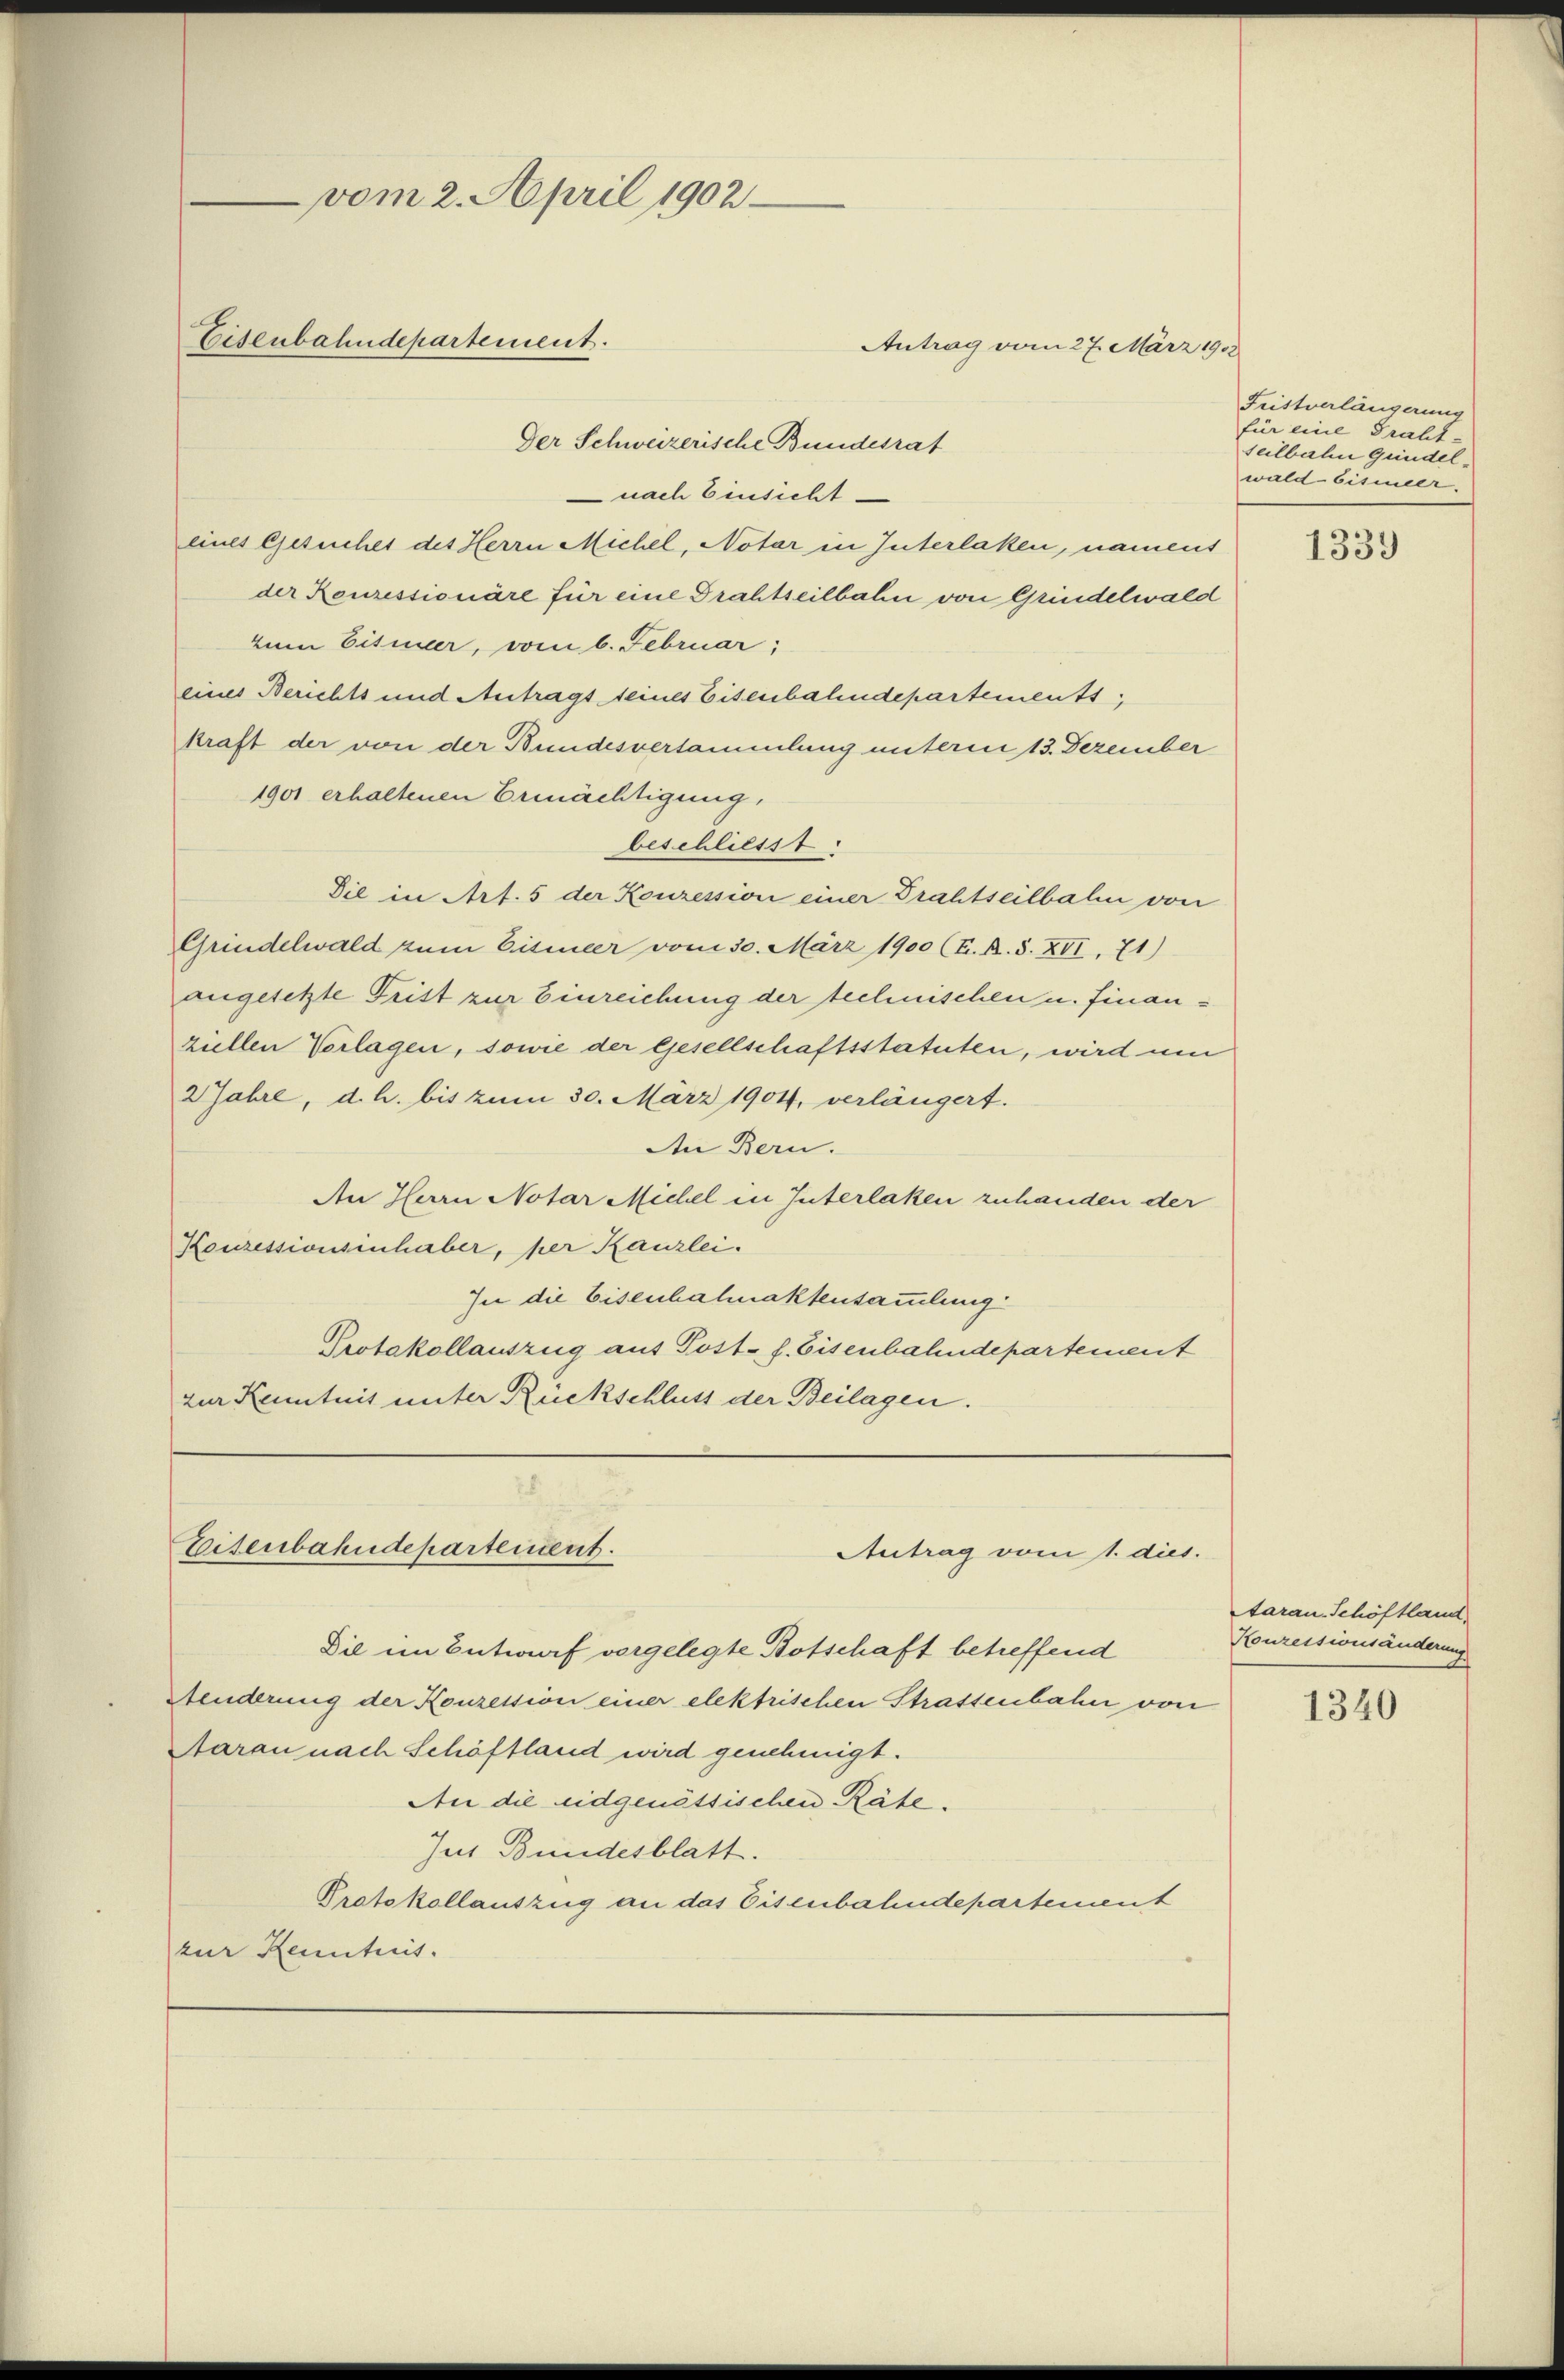
vom 2. April 1902
Eisenbahndepartement.

Der Schweizerische Bundesrat
 nach Einsicht
eines Gesuches des Herrn Michel, Notar in Interlaken, nament
der Reuressionäre für eine Drahtseilbahn von Grindelwald
zum Eismeer, vom 6. Februar;
eines Berichts und Antrags seines Eisenbahndepartements,
kraft der von der Bundesversammlung unterm 13. Dezember
1901 erhaltenen Ermächtigung,
beschliesst.
Die in Art. 5 der Konzession einer Drahtseilbahn von
Grindelwald zum Eisener vom 30. März 1900 (E. R. S. XVI, 71)
angesetzte Frist zur Einreichung der technischen u. finanziellen Vorlagen, sowie der Gesellschaftsstatuten, wird um
2 Jahre, d. h. bis zum 30. März 1904, verlängert.
An Bern.
An Harn Notar Michel in Interlaken zuhanden der
Konzessionsinhaber, her Kanzlei.
In die Eisenbahnaktensammlung
Protokollauszug aus Post. f. Eisenbahndepartement
zur Kenntnis unter Rückschluss der Beilagen.

Eisenbahndepartement.

Antrag vom 27. März 1908

Antrag vom 1. dies.

Fristverlängerung
für eine Graht-
seilbahn Gundelwald-Eismeer.

Die im Entwurf vorgelegte Botschaft betreffend
Aenderung der Konzession einer elektrischen Strassenbahn von
Aarau nach Schöftland wird genehmigt.
An die eidgenössischen Räte.
Jus Bundesblatt.
Protokollauszug an das Eisenbahndepartement
zur Kenntnis.

1339

Aarau, Schöftland
Houreisionsänderung

1340